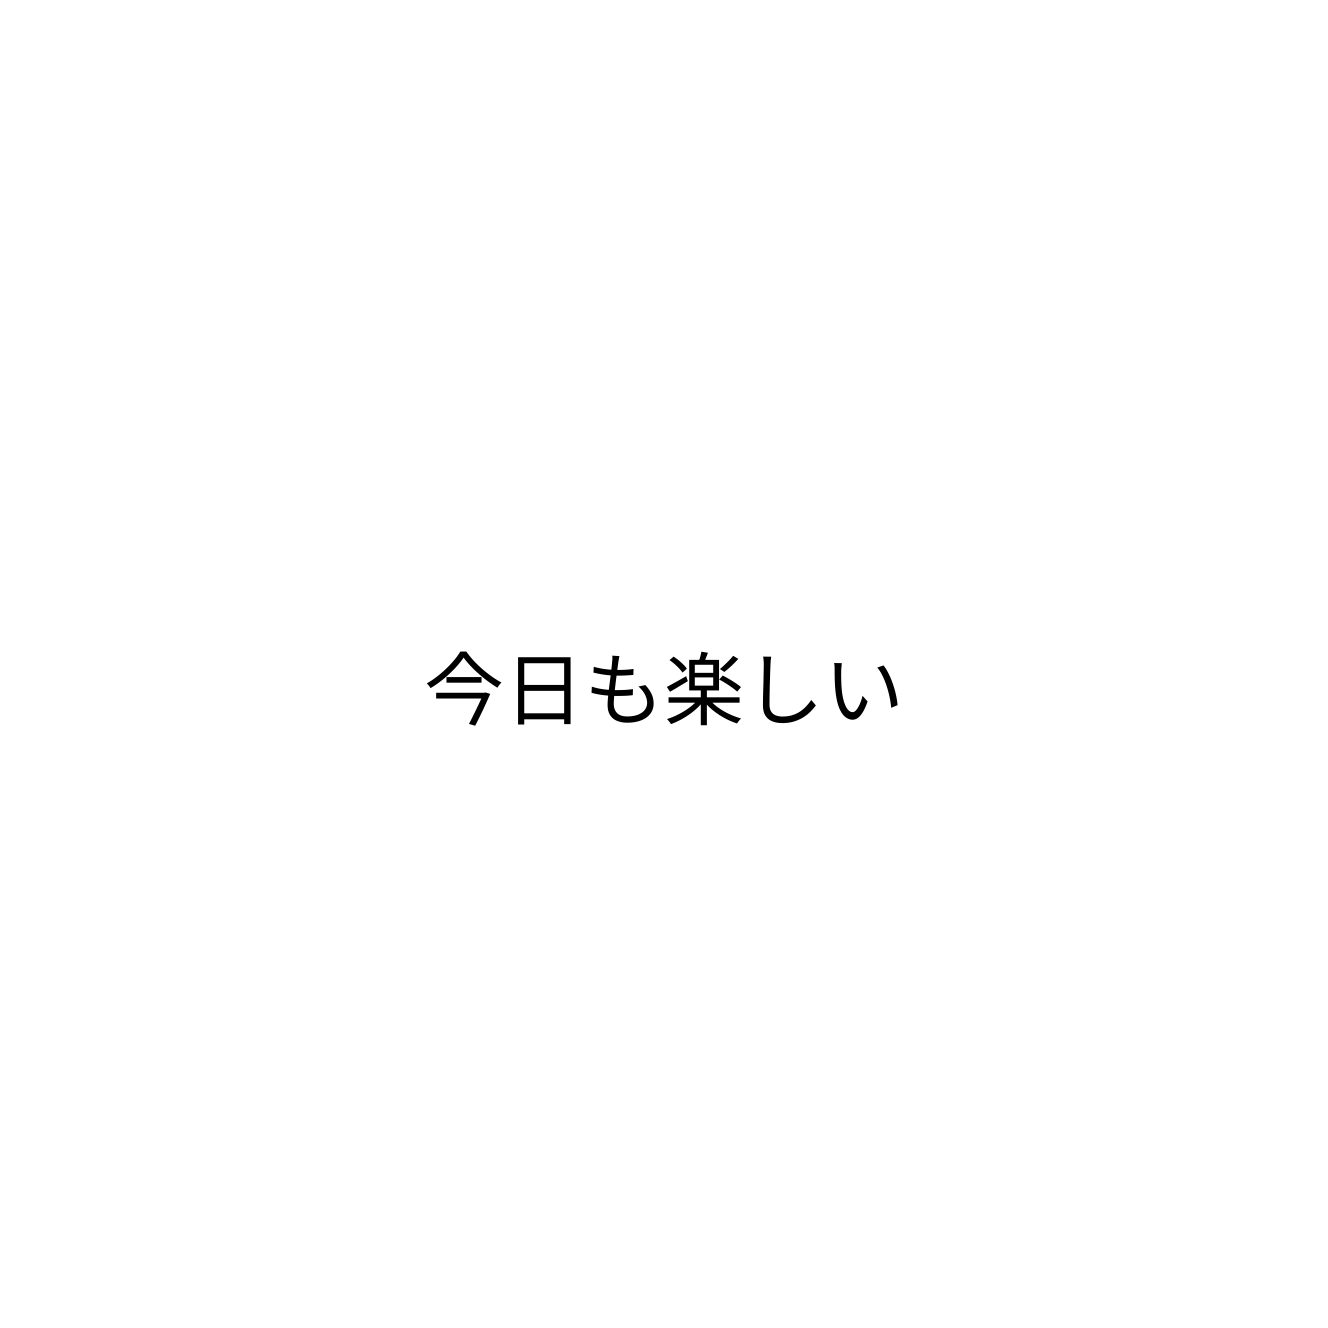
今日も楽しい